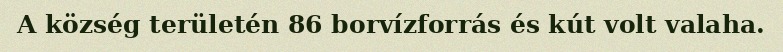
A község területén 86 borvízforrás és kút volt valaha.